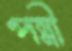
পন্নী